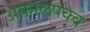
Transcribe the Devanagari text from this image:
अकालपक्व